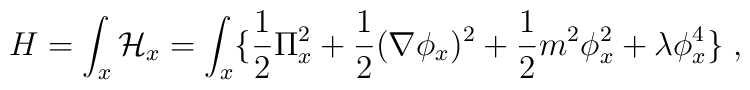
H=\int_x {\cal H}_x=\int_x \{{\frac {1}{2}}\Pi^{2}_x   +{\frac {1}{2}}(\nabla\phi_x)^2   +{\frac {1}{2}}m^2\phi_x^2 + \lambda\phi_x^4\} \;,